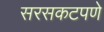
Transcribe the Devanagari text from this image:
सरसकटपणे